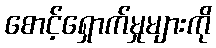
စောင့်ရှောက်မှုများကို